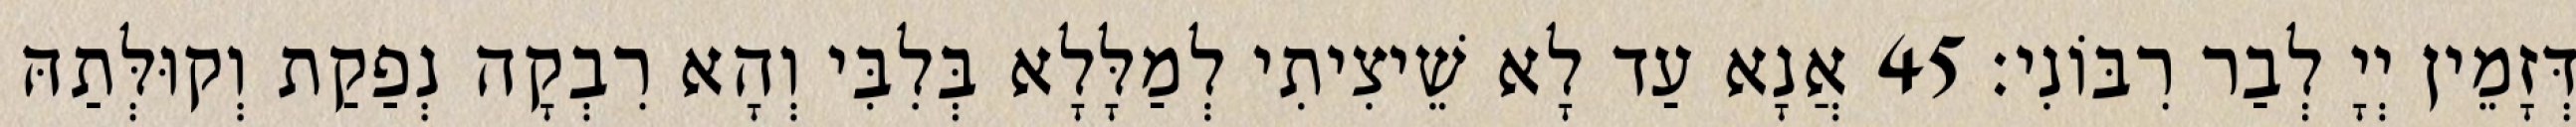
דְּזָמֵין יְיָ לְבַר רִבּוֹנִי׃ 45 אֲנָא עַד לָא שֵׁיצִיתִי לְמַלָּלָא בְּלִבִּי וְהָא רִבְקָה נְפַקַת וְקוּלְּתַהּ